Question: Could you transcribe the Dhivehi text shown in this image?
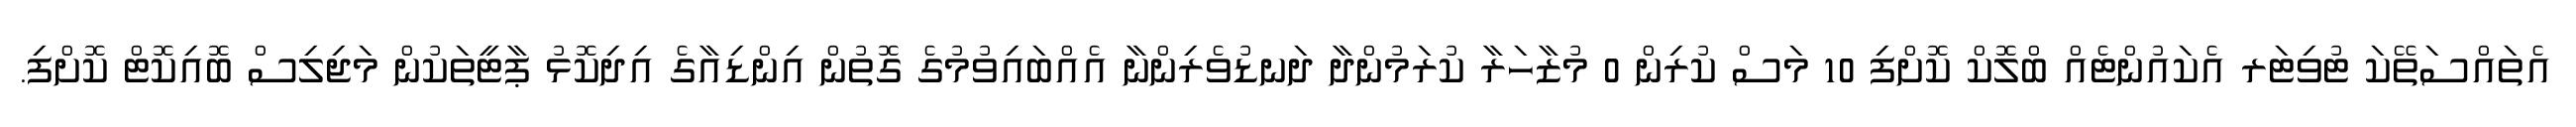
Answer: އެތައްސަތޭކަ ޓުވިޓަރ އެކައުންޓެއް ބްލޮކް ކޮށްފި 10 މަސް ކުރިން 0 މުޒާހަރާ ކުރަމުންދާ ދަނޑުވެރިންނާ އެއްބައިވުމުގެ ގޮތުން އިންޑިއާގެ އިދިކޮޅު ޕާޓީތަކުން މަޖިލިސް ބޮއިކޮޓް ކޮށްފި.